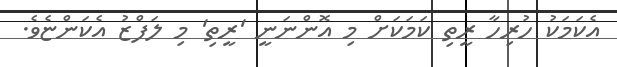
އެކަމަކު ހުރިހާ ރީތި ކަމަކަށް މި އޮންނަނީ 'ރީތި' މި ލަފްޒު އެކަންޏެވެ.